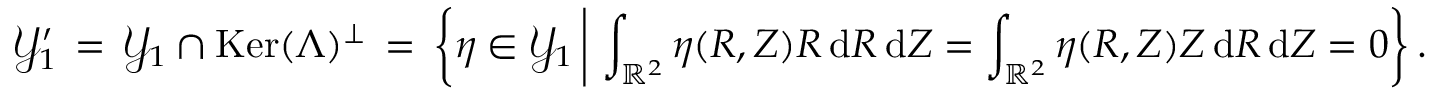
\mathcal { Y } _ { 1 } ^ { \prime } \, = \, \mathcal { Y } _ { 1 } \cap \mathop { \mathrm { K e r } } ( \Lambda ) ^ { \perp } \, = \, \biggl \{ \eta \in \mathcal { Y } _ { 1 } \, \bigg | \, \int _ { \mathbb { R } ^ { 2 } } \eta ( R , Z ) R \, \mathrm { d } R \, \mathrm { d } Z = \int _ { \mathbb { R } ^ { 2 } } \eta ( R , Z ) Z \, \mathrm { d } R \, \mathrm { d } Z = 0 \biggr \} \, .